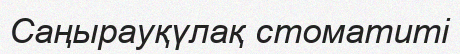
Cаңырауқүлақ стоматиті